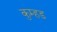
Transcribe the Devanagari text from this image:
कुम्हड़